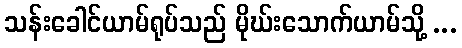
သန်းခေါင်ယာမ်ရုပ်သည် မိုဃ်းသောက်ယာမ်သို့ ...